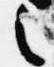
之